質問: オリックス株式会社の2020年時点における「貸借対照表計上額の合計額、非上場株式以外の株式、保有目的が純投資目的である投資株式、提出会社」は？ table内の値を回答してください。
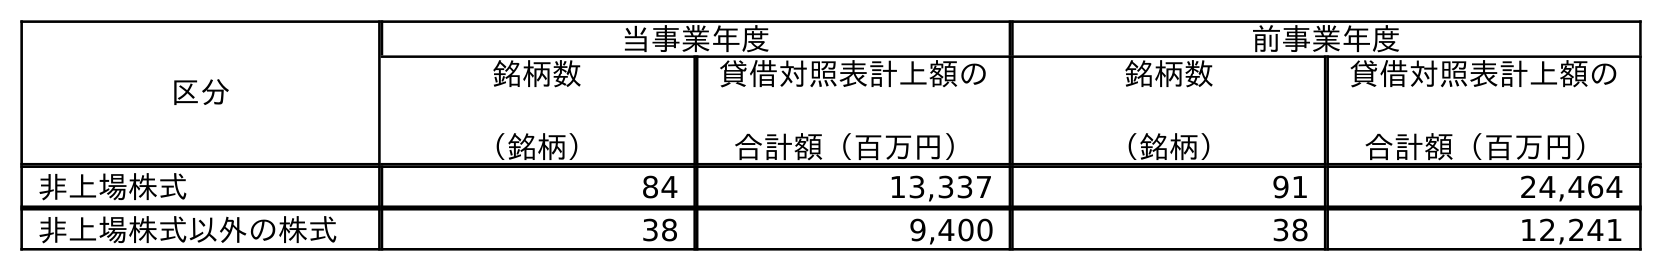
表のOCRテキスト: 区分 当事業年度 前事業年度 銘柄数 （銘柄） 貸借対照表計上額の 合計額（百万円） 銘柄数 （銘柄） 貸借対照表計上額の 合計額（百万円） 非上場株式 84 13,337 91 24,464 非上場株式以外の株式 38 9,400 38 12,241
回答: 9,400